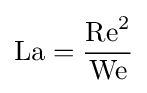
\mathrm {La} ={\frac {\mathrm {Re} ^{2}}{\mathrm {We} }}